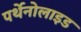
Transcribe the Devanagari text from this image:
पर्थेनोलाइड